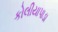
કોલીયાપાડા